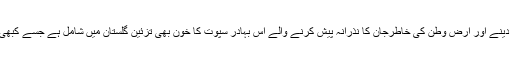
دشمن کو دندان شکن جواب دینے اور ارض وطن کی خاطرجان کا نذرانہ پیش کرنے والے اس بہادر سپوت کا خون بھی تزئین گلستان میں شامل ہے جسے کبھی فراموش نہیں کیاجائے گا۔